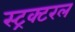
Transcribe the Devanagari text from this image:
स्ट्रक्टरल